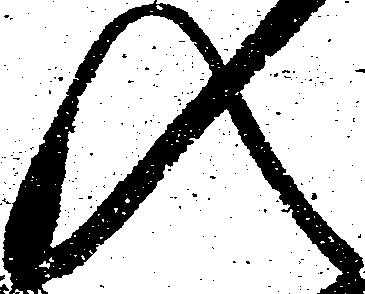
入